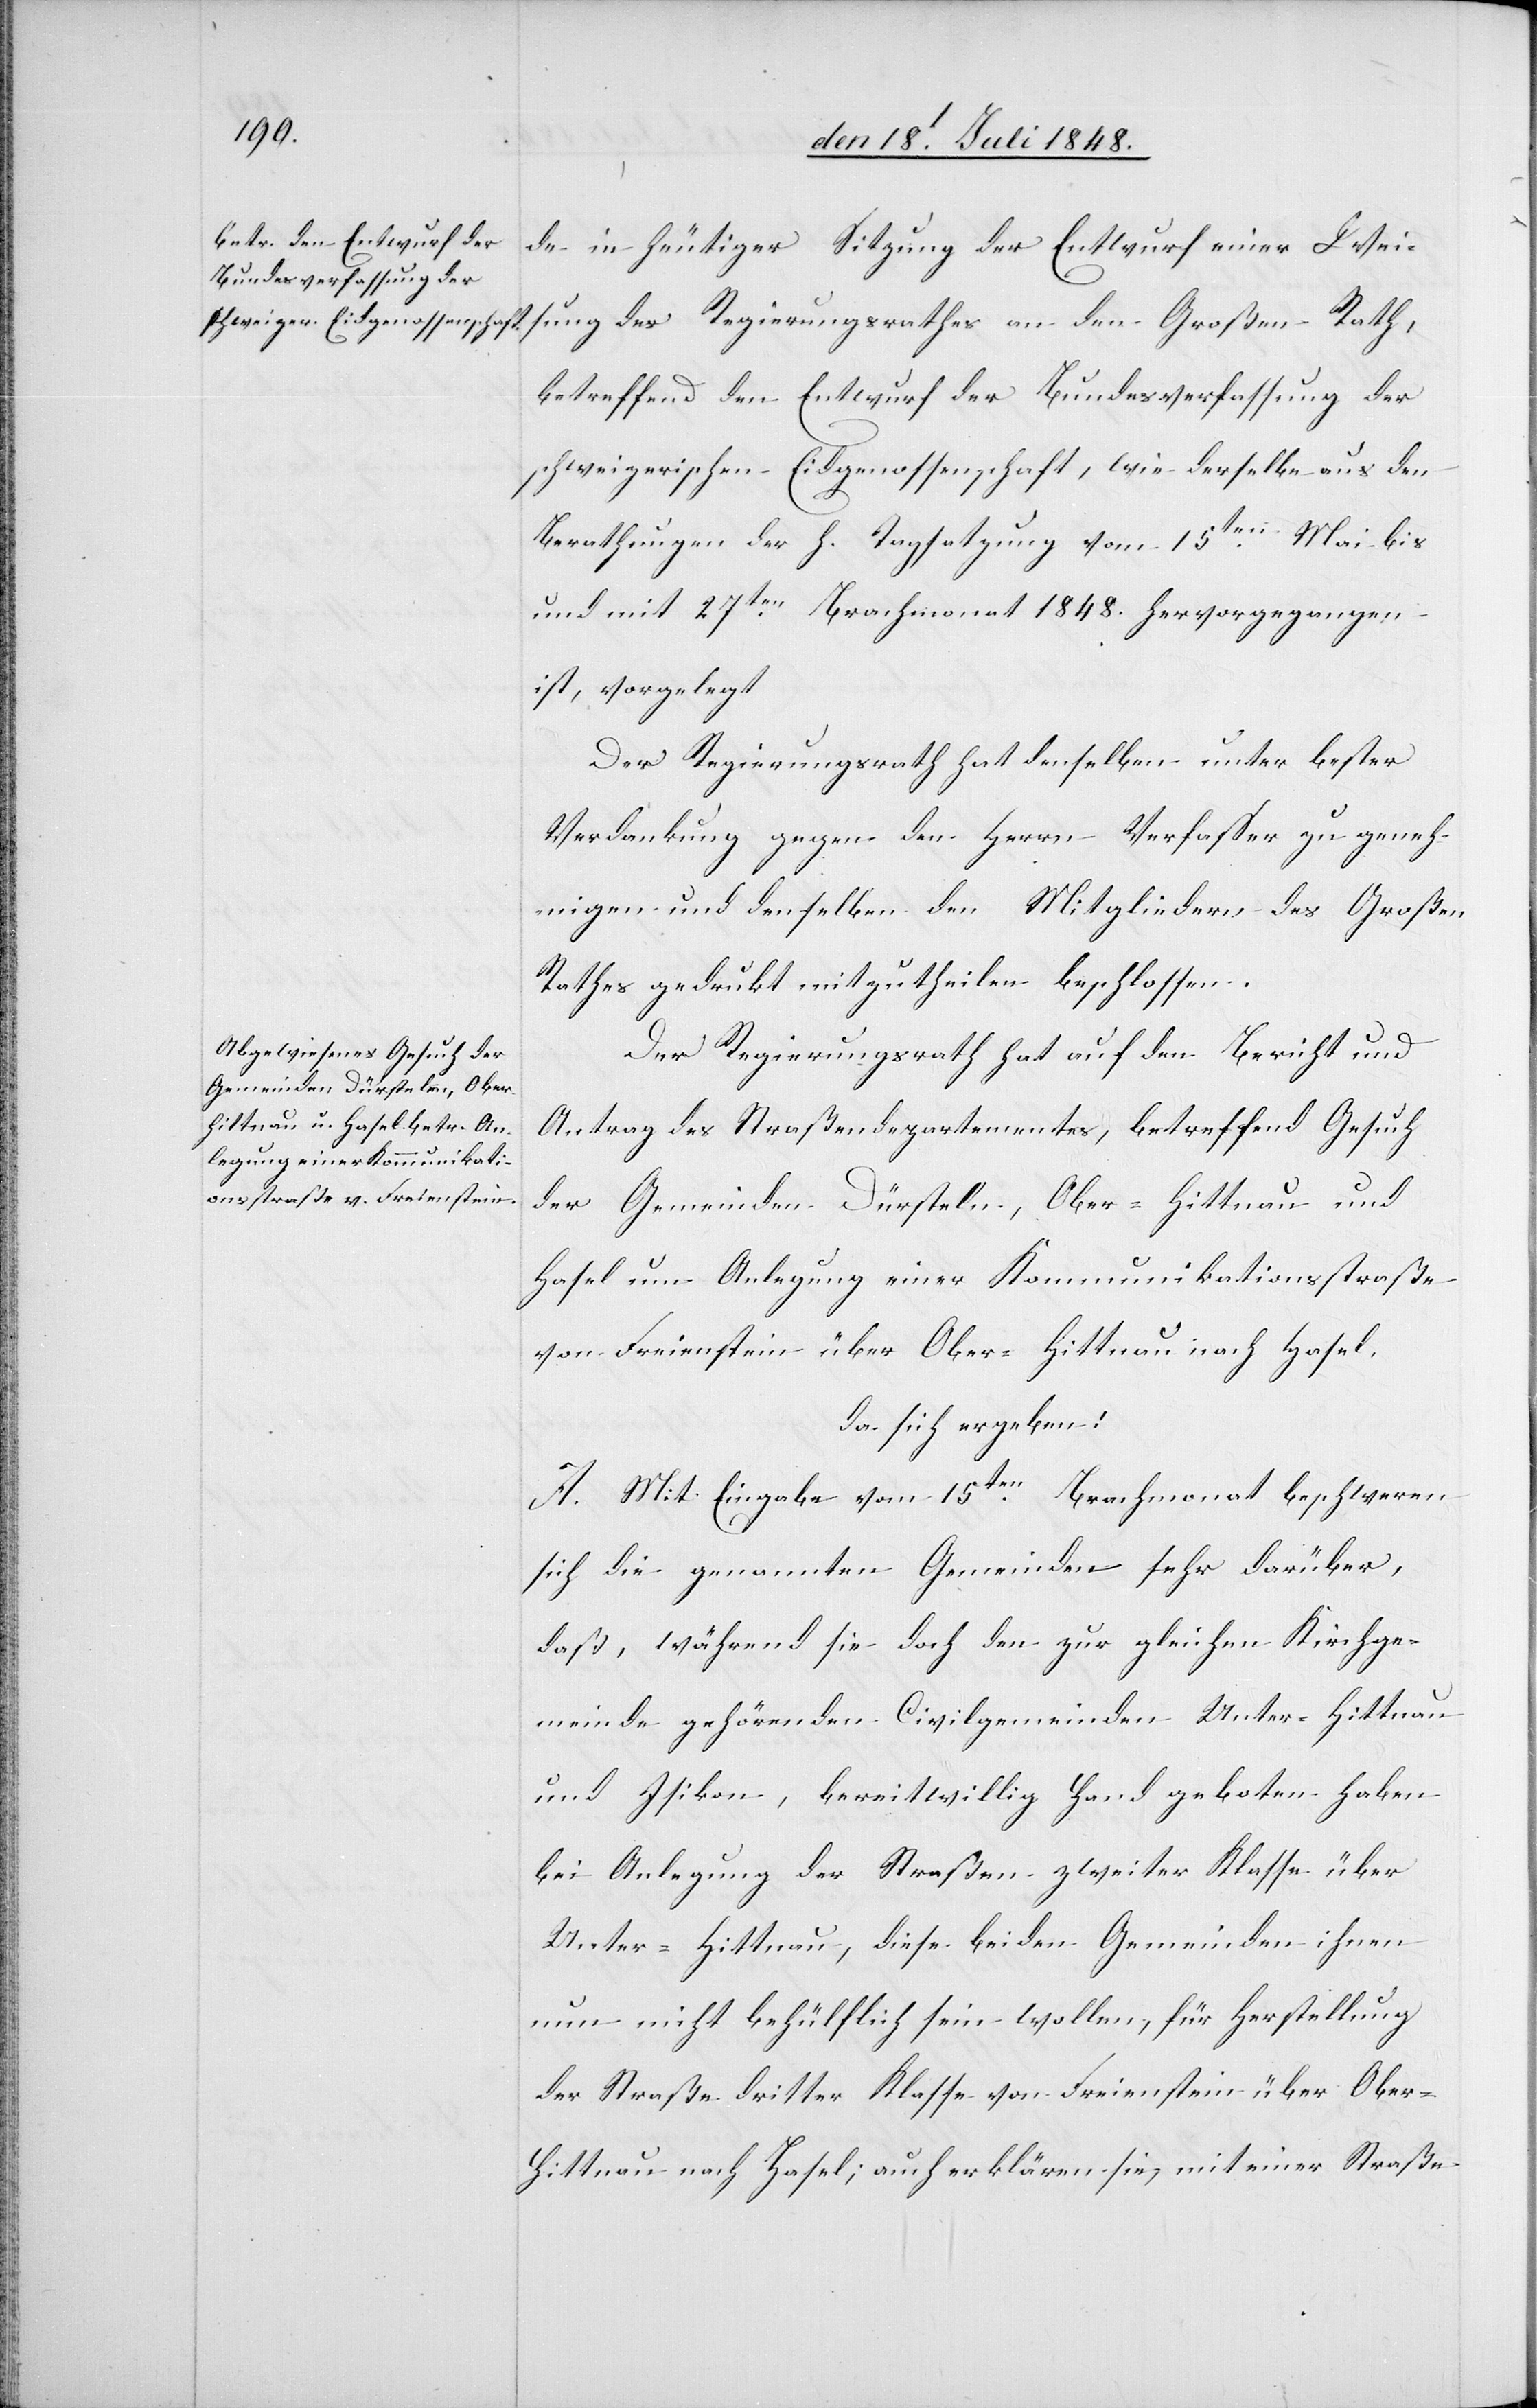
de in heutiger Sitzung der Entwurf einer Wei¬
sung des Regierungsrathes an den Großen Rath,
betreffend den Entwurf der Bundesverfassung der
schweizerischen Eidgenossenschaft, wie derselbe aus den
Berathungen der h. Tagsatzung vom 15ten Mai bis
und mit 27ten Brachmonat 1848. hervorgegangen
ist, vorgelegt.
Der Regierungsrath hat denselben unter bester
Verdankung gegen den Herrn Verfaßer zu geneh¬
migen und denselben den Mitgliedern des Großen
Rathes gedruckt mitzutheilen beschlossen.
Der Regierungsrath hat auf den Bericht und
Antrag des Straßendepartementes, betreffend Gesuch
der Gemeinden Dürstelen, Ober-Hittnau und
Hasel um Anlegung einer Kommunikationsstraße
von Freienstein über Ober-Hittnau nach Hasel.
da sich ergeben:
A. Mit Eingabe vom 15ten Brachmonat beschweren
sich die genannten Gemeinden sehr darüber,
daß, während sie doch den zur gleichen Kirchge¬
meinde gehörenden Civilgemeinden Unter-Hittnau
und Isikon, bereitwillig Hand geboten haben
bei Anlegung der Straßen zweiter Klasse über
Unter-Hittnau, diese beiden Gemeinden ihnen
nun nicht behülflich sein wollen, für Herstellung
der Straße dritter Klasse von Freienstein über Ober¬
hittnau nach Hasel; auch erklären sie, mit einer Straße